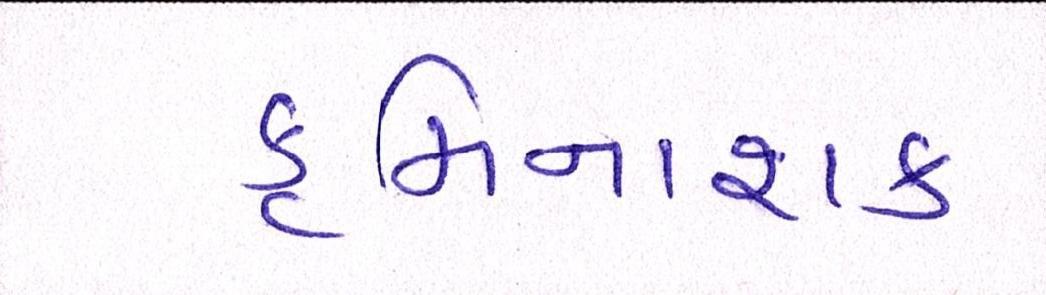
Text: કૃમિનાશક